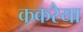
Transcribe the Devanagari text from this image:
ककरैया